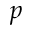
p